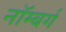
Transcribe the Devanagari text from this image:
नॉम्बर्ग